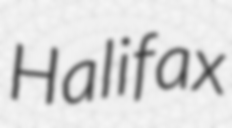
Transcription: Halifax